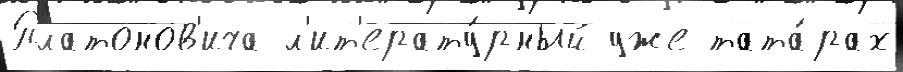
Платонов'ича л'ит'ерату́рный уже тата́рах